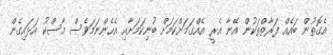
އެގޮތުން ބައެއް ފަރާތްތަކުން އޭނާ އެރީ އެއްގަމަށްކަމަށް ބުނިކަމަށާއި އެހެންނަމަވެސް މާސްކު އަޅައިގެން